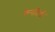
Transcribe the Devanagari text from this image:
कैनडिडो